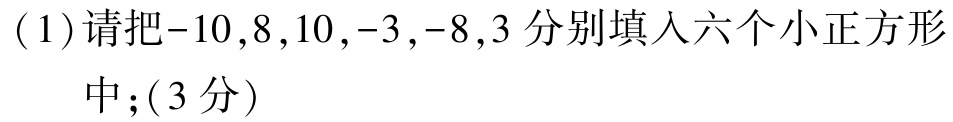
(1)请把\(-10,8,10,-3,-8,3\)分别填入六个小正方形中；（3分）